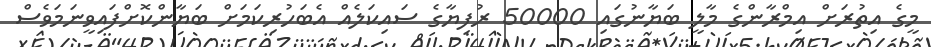
މީގެ އިތުރަށް އިމްރާންގެ މާލީ ބަޔާނުގައި 50000 ރުފިޔާގެ ސައިކަލެއް އެބަހުރިކަމަށް ބަޔާންކޮށްފައިވީނަމަވެސް